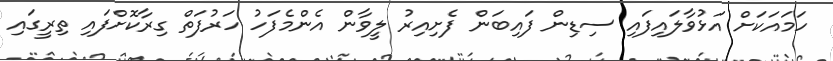
ހަމައަކަށް އަޅުވާލައިފައި ސިޑިން ފައިބަން ފެށިއިރު ލީވާން އެންމެފަހު ހަރުފަތް ގިރާކޮށްފައި ތިރީގައި